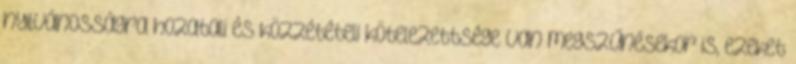
nyilvánosságra hozatali és közzétételi kötelezettsége van megszűnésekor is, ezeket